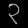
Digit: ၃